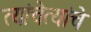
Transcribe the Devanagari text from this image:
त्यांचेत्यांचे